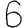
Digit: 6